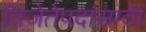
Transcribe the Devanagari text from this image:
विजेतेपदांसाठी